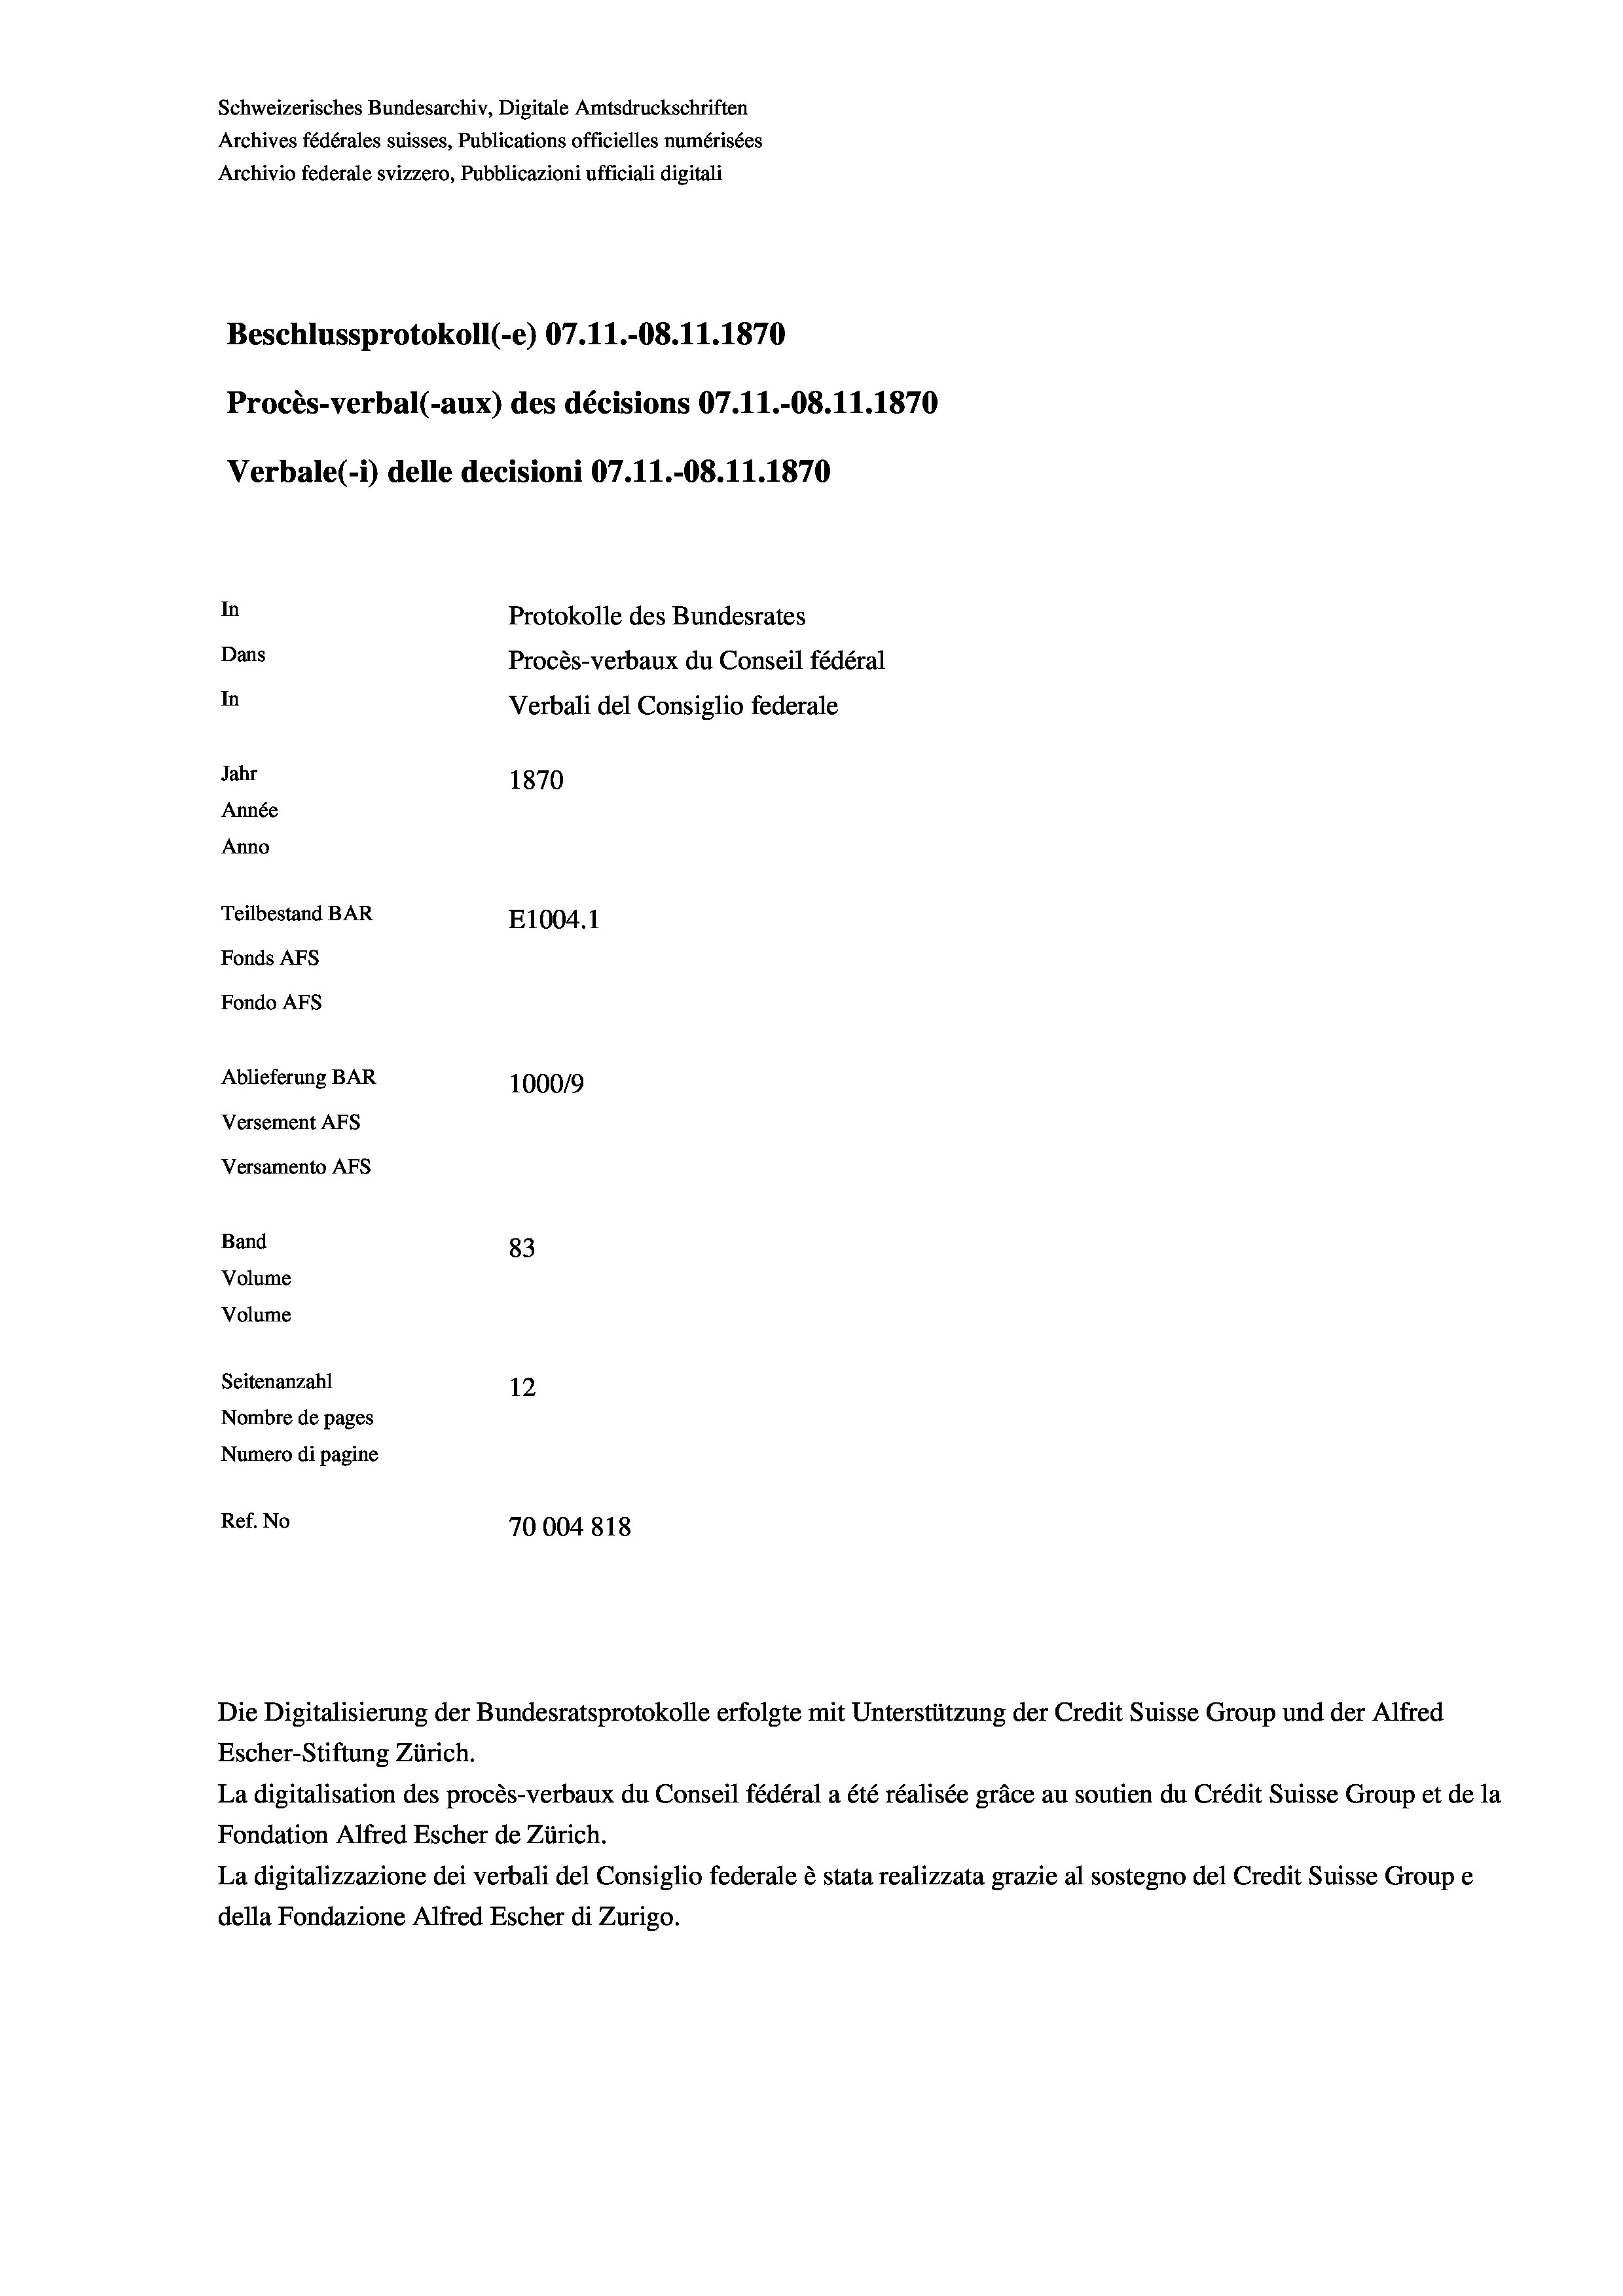
Schweizerisches Bundesarchiv, Digitale Amtsdruckschriften
Archives fédérales suisses, Publications officielles numérisées
Archivio federale svizzero, Pubblicazioni ufficiali digitali
Beschlussprotokoll (-e) 07.11.-08.11.1870
Procès-verbal (-aux) des décisions 07.11.-08.11.1870
Verbale (- 1) delle decisioni 07.11.-08.11.1870
In
Protokolle des Bundesrates
Dans
Procès-verbaux du Conseil fédéral
In
Verbali del Consiglio federale
Jahr
1870
Année
Anno
Teilbestand BAR
E1004. 1
Fonds AFs
Fondo AFs
Ablieferung BAR
100019
Versement AFs
Versamento AFs
Band
83
Volume
Volume
Seitenanzahl
12
Nombre de pages
Numero di pagine
Ref. No
70004818

Escher-Stiftung Zürich.
La digitalisation des procès-verbaux du Conseil fédéral a été réalisée gräce au soutien du Crédit Suisse Group et de la
Fondation Alfred Escher de Zürich.
La digitalizzazione dei verbali del Consiglio federale è stata realizzata grazie al sostegno del Credit Suisse Groupe
della Fondazione Alfred Escher di Zurigo.

Die Digitalisierung der Bundesratsprotokolle erfolgte mit Unterstützung der Credit Suisse Group und der Alfred